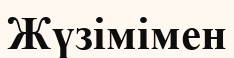
Жүзімімен